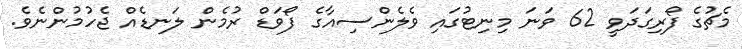
މެޗުގެ ފޯރިގަދަވީ 62 ވަނަ މިނިޓުގައި ވެލެންސިއާގެ ފޯވަޑް ރުމެން ލަނޑެއް ޖެހުމުންނެވެ.